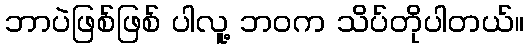
ဘာပဲဖြစ်ဖြစ် ပါလူ့ ဘဝက သိပ်တိုပါတယ်။